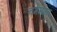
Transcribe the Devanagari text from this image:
नमग्याल